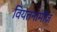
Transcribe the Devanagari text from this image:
वियतनामीज़